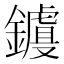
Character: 𲇧